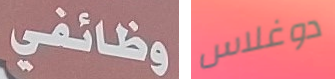
وظائفي دوغلاس